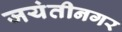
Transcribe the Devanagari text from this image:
जयंतीनगर